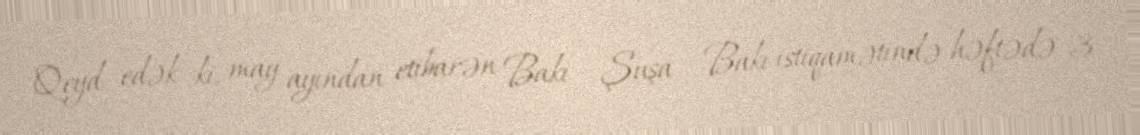
Qeyd edək ki, may ayından etibarən Bakı – Şuşa – Bakı istiqamətində həftədə 3